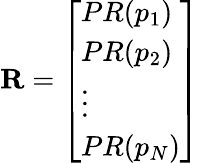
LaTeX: \mathbf{R}={\left[\begin{array}{l}{PR(p_{1})}\\ {PR(p_{2})}\\ {\vdots}\\ {PR(p_{N})}\end{array}\right]}